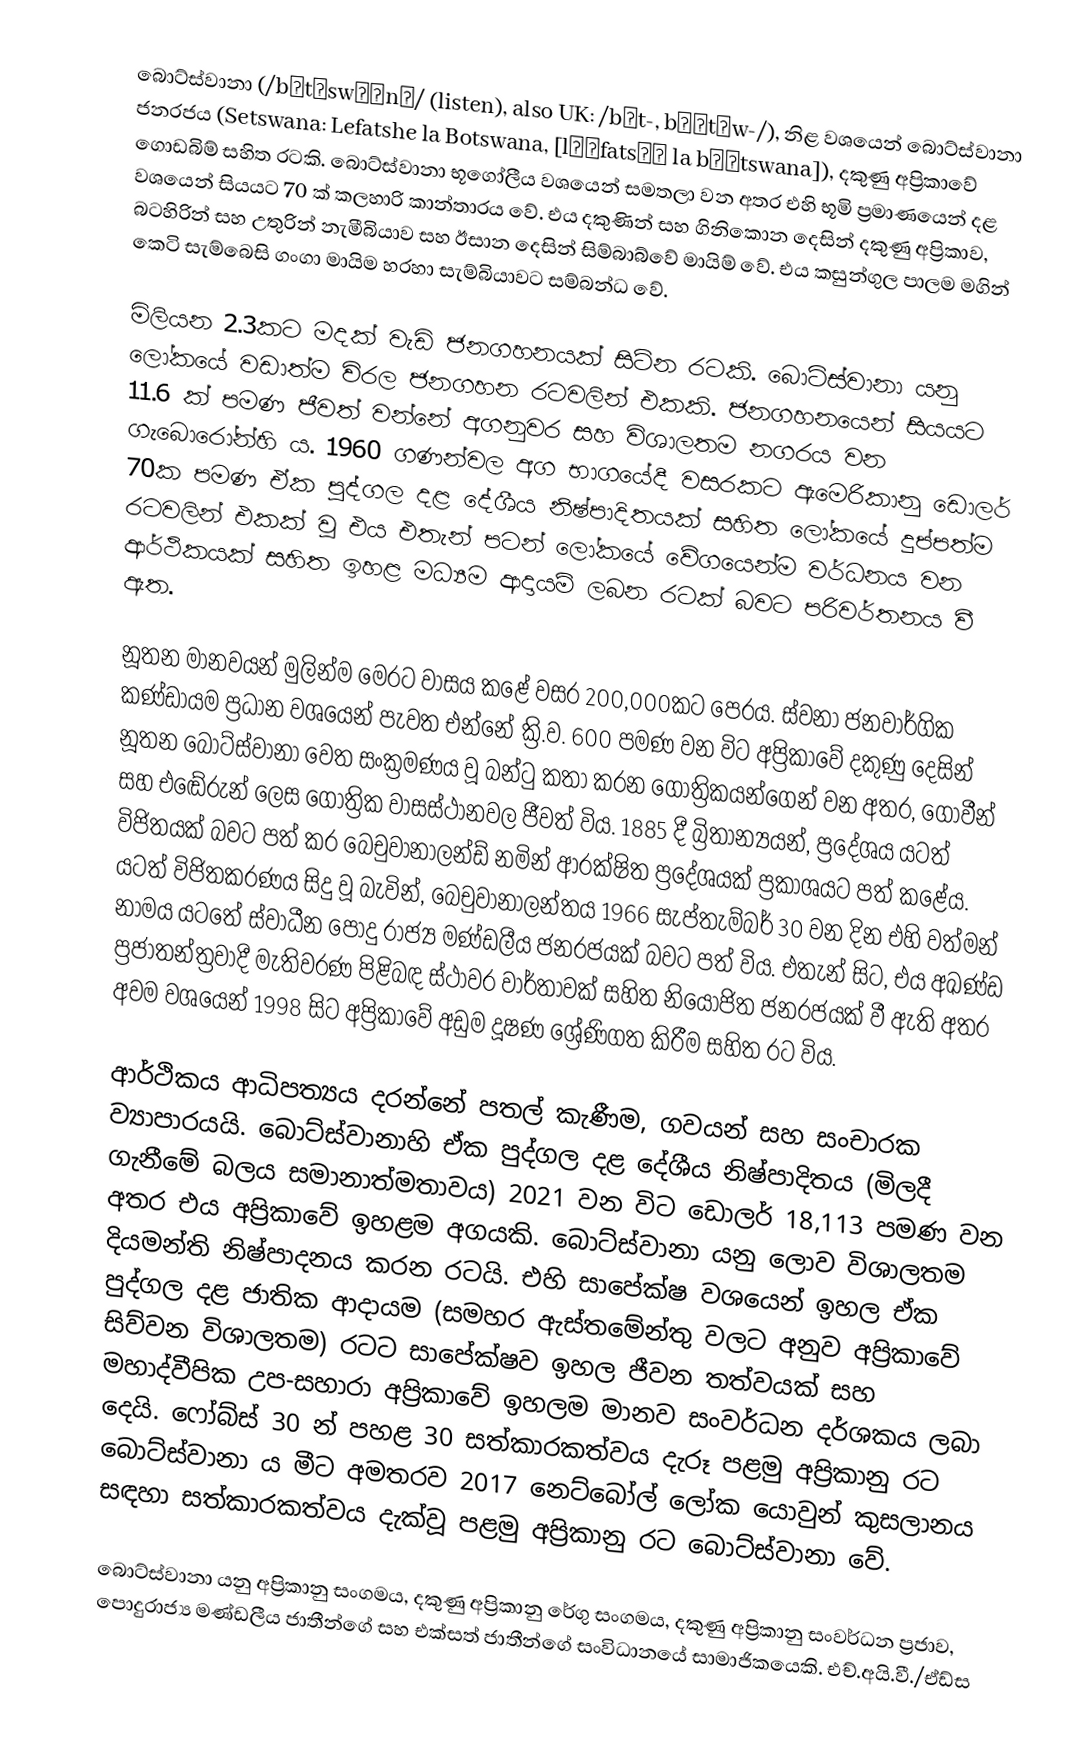
බොට්ස්වානා (/bɒtˈswɑːnə/ (listen), also UK: /bʊt-, bʊˈtʃw-/), නිළ වශයෙන් බොට්ස්වානා ජනරජය (Setswana: Lefatshe la Botswana, [lɪˈfatsʰɪ la bʊˈtswana]), දකුණු අප්‍රිකාවේ ගොඩබිම් සහිත රටකි. බොට්ස්වානා භූගෝලීය වශයෙන් සමතලා වන අතර එහි භූමි ප්‍රමාණයෙන් දළ වශයෙන් සියයට 70 ක් කලහාරි කාන්තාරය වේ. එය දකුණින් සහ ගිනිකොන දෙසින් දකුණු අප්‍රිකාව, බටහිරින් සහ උතුරින් නැමීබියාව සහ ඊසාන දෙසින් සිම්බාබ්වේ මායිම් වේ. එය කසුන්ගුල පාලම මගින් කෙටි සැම්බෙසි ගංගා මායිම හරහා සැම්බියාවට සම්බන්ධ වේ.

මිලියන 2.3කට මදක් වැඩි ජනගහනයක් සිටින රටකි. බොට්ස්වානා යනු ලෝකයේ වඩාත්ම විරල ජනගහන රටවලින් එකකි. ජනගහනයෙන් සියයට 11.6 ක් පමණ ජීවත් වන්නේ අගනුවර සහ විශාලතම නගරය වන ගැබොරෝන්හි ය. 1960 ගණන්වල අග භාගයේදී වසරකට ඇමෙරිකානු ඩොලර් 70ක පමණ ඒක පුද්ගල දළ දේශීය නිෂ්පාදිතයක් සහිත ලෝකයේ දුප්පත්ම රටවලින් එකක් වූ එය එතැන් පටන් ලෝකයේ වේගයෙන්ම වර්ධනය වන ආර්ථිකයක් සහිත ඉහළ මධ්‍යම ආදායම් ලබන රටක් බවට පරිවර්තනය වී ඇත.

නූතන මානවයන් මුලින්ම මෙරට වාසය කළේ වසර 200,000කට පෙරය. ස්වනා ජනවාර්ගික කණ්ඩායම ප්‍රධාන වශයෙන් පැවත එන්නේ ක්‍රි.ව. 600 පමණ වන විට අප්‍රිකාවේ දකුණු දෙසින් නූතන බොට්ස්වානා වෙත සංක්‍රමණය වූ බන්ටු කතා කරන ගෝත්‍රිකයන්ගෙන් වන අතර, ගොවීන් සහ එඬේරුන් ලෙස ගෝත්‍රික වාසස්ථානවල ජීවත් විය. 1885 දී බ්‍රිතාන්‍යයන්, ප්‍රදේශය යටත් විජිතයක් බවට පත් කර බෙචුවානාලන්ඩ් නමින් ආරක්ෂිත ප්‍රදේශයක් ප්‍රකාශයට පත් කළේය. යටත් විජිතකරණය සිදු වූ බැවින්, බෙචුවානාලන්තය 1966 සැප්තැම්බර් 30 වන දින එහි වත්මන් නාමය යටතේ ස්වාධීන පොදු රාජ්‍ය මණ්ඩලීය ජනරජයක් බවට පත් විය. එතැන් සිට, එය අඛණ්ඩ ප්‍රජාතන්ත්‍රවාදී මැතිවරණ පිළිබඳ ස්ථාවර වාර්තාවක් සහිත නියෝජිත ජනරජයක් වී ඇති අතර අවම වශයෙන් 1998 සිට අප්‍රිකාවේ අඩුම දූෂණ ශ්‍රේණිගත කිරීම සහිත රට විය.

ආර්ථිකය ආධිපත්‍යය දරන්නේ පතල් කැණීම, ගවයන් සහ සංචාරක ව්‍යාපාරයයි. බොට්ස්වානාහි ඒක පුද්ගල දළ දේශීය නිෂ්පාදිතය (මිලදී ගැනීමේ බලය සමානාත්මතාවය) 2021 වන විට ඩොලර් 18,113 පමණ වන අතර එය අප්‍රිකාවේ ඉහළම අගයකි. බොට්ස්වානා යනු ලොව විශාලතම දියමන්ති නිෂ්පාදනය කරන රටයි. එහි සාපේක්ෂ වශයෙන් ඉහල ඒක පුද්ගල දළ ජාතික ආදායම (සමහර ඇස්තමේන්තු වලට අනුව අප්‍රිකාවේ සිව්වන විශාලතම) රටට සාපේක්ෂව ඉහල ජීවන තත්වයක් සහ මහාද්වීපික උප-සහාරා අප්‍රිකාවේ ඉහලම මානව සංවර්ධන දර්ශකය ලබා දෙයි. ෆෝබ්ස් 30 න් පහළ 30 සත්කාරකත්වය දැරූ පළමු අප්‍රිකානු රට බොට්ස්වානා ය මීට අමතරව 2017 නෙට්බෝල් ලෝක යොවුන් කුසලානය සඳහා සත්කාරකත්වය දැක්වූ පළමු අප්‍රිකානු රට බොට්ස්වානා වේ.

බොට්ස්වානා යනු අප්‍රිකානු සංගමය, දකුණු අප්‍රිකානු රේගු සංගමය, දකුණු අප්‍රිකානු සංවර්ධන ප්‍රජාව, පොදුරාජ්‍ය මණ්ඩලීය ජාතීන්ගේ සහ එක්සත් ජාතීන්ගේ සංවිධානයේ සාමාජිකයෙකි. එච්.අයි.වී./ඒඩ්ස